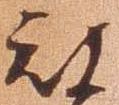
被